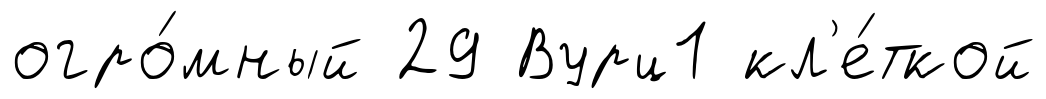
огро́мный 29 Вурц1 кл'е́ткой